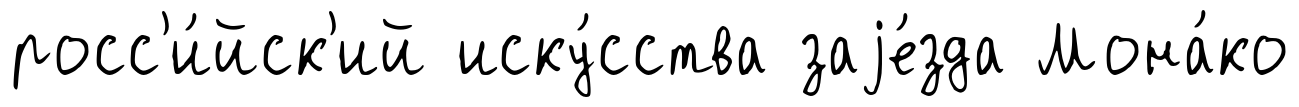
росс'и́йск'ий иску́сства заjе́зда Мона́ко